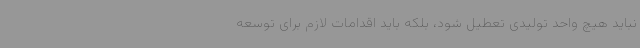
نباید هیچ واحد تولیدی تعطیل شود، بلکه باید اقدامات لازم برای توسعه